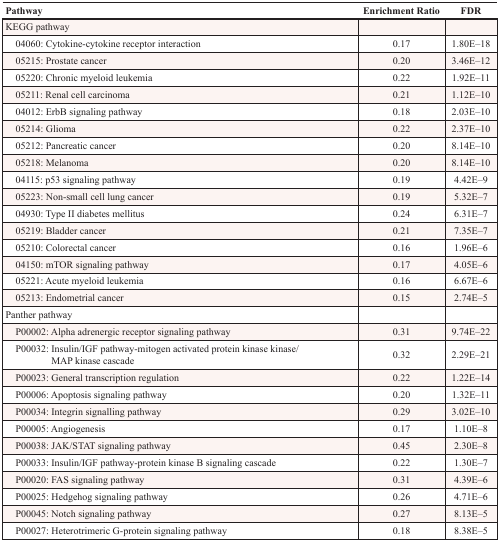
<table><thead><tr><td><b>Pathway</b></td><td><b>Enrichment Ratio</b></td><td><b>FDR</b></td></tr></thead><tbody><tr><td>KEGG pathway</td><td></td><td></td></tr><tr><td> 04060: Cytokine-cytokine receptor interaction</td><td>0.17</td><td>1.80E–18</td></tr><tr><td> 05215: Prostate cancer</td><td>0.20</td><td>3.46E–12</td></tr><tr><td> 05220: Chronic myeloid leukemia</td><td>0.22</td><td>1.92E–11</td></tr><tr><td> 05211: Renal cell carcinoma</td><td>0.21</td><td>1.12E–10</td></tr><tr><td> 04012: ErbB signaling pathway</td><td>0.18</td><td>2.03E–10</td></tr><tr><td> 05214: Glioma</td><td>0.22</td><td>2.37E–10</td></tr><tr><td> 05212: Pancreatic cancer</td><td>0.20</td><td>8.14E–10</td></tr><tr><td> 05218: Melanoma</td><td>0.20</td><td>8.14E–10</td></tr><tr><td> 04115: p53 signaling pathway</td><td>0.19</td><td>4.42E–9</td></tr><tr><td> 05223: Non-small cell lung cancer</td><td>0.19</td><td>5.32E–7</td></tr><tr><td> 04930: Type II diabetes mellitus</td><td>0.24</td><td>6.31E–7</td></tr><tr><td> 05219: Bladder cancer</td><td>0.21</td><td>7.35E–7</td></tr><tr><td> 05210: Colorectal cancer</td><td>0.16</td><td>1.96E–6</td></tr><tr><td> 04150: mTOR signaling pathway</td><td>0.17</td><td>4.05E–6</td></tr><tr><td> 05221: Acute myeloid leukemia</td><td>0.16</td><td>6.67E–6</td></tr><tr><td> 05213: Endometrial cancer</td><td>0.15</td><td>2.74E–5</td></tr><tr><td>Panther pathway</td><td></td><td></td></tr><tr><td> P00002: Alpha adrenergic receptor signaling pathway</td><td>0.31</td><td>9.74E–22</td></tr><tr><td> P00032: Insulin/IGF pathway-mitogen activated protein kinase kinase/MAP kinase cascade</td><td>0.32</td><td>2.29E–21</td></tr><tr><td> P00023: General transcription regulation</td><td>0.22</td><td>1.22E–14</td></tr><tr><td> P00006: Apoptosis signaling pathway</td><td>0.20</td><td>1.32E–11</td></tr><tr><td> P00034: Integrin signalling pathway</td><td>0.29</td><td>3.02E–10</td></tr><tr><td> P00005: Angiogenesis</td><td>0.17</td><td>1.10E–8</td></tr><tr><td> P00038: JAK/STAT signaling pathway</td><td>0.45</td><td>2.30E–8</td></tr><tr><td> P00033: Insulin/IGF pathway-protein kinase B signaling cascade</td><td>0.22</td><td>1.30E–7</td></tr><tr><td> P00020: FAS signaling pathway</td><td>0.31</td><td>4.39E–6</td></tr><tr><td> P00025: Hedgehog signaling pathway</td><td>0.26</td><td>4.71E–6</td></tr><tr><td> P00045: Notch signaling pathway</td><td>0.27</td><td>8.13E–5</td></tr><tr><td> P00027: Heterotrimeric G-protein signaling pathway</td><td>0.18</td><td>8.38E–5</td></tr></tbody></table>